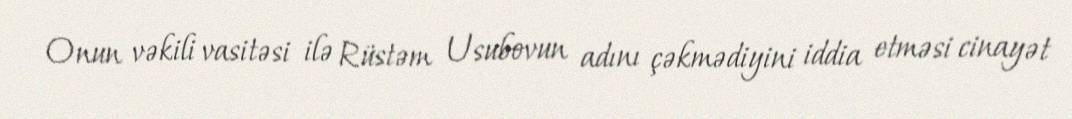
Onun vəkili vasitəsi ilə Rüstəm Usubovun adını çəkmədiyini iddia etməsi cinayət